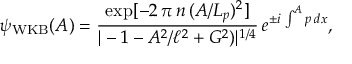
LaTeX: \psi _ { \mathrm { W K B } } ( A ) = \frac { \exp [ - 2 \, \pi \, n \, ( A / L _ { p } ) ^ { 2 } ] } { | - 1 - A ^ { 2 } / \ell ^ { 2 } + G ^ { 2 } ) | ^ { 1 / 4 } } \, e ^ { \pm i \, \int ^ { A } p \, d x } ,